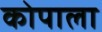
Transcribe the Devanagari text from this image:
कोपाला